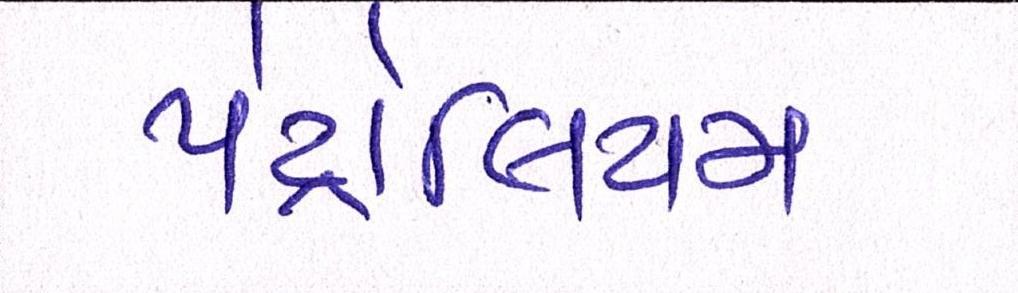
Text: પેટ્રોલિયમ